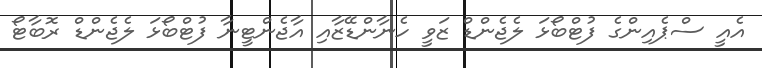
އެއީ ސްޕެއިންގެ ފުޓްބޯޅަ ލެޖެންޑް ޒަވީ ހެނާންޑޭޒާއި އާޖެންޓީނާ ފުޓްބޯޅަ ލެޖެންޑް ރޮބާޓޯ